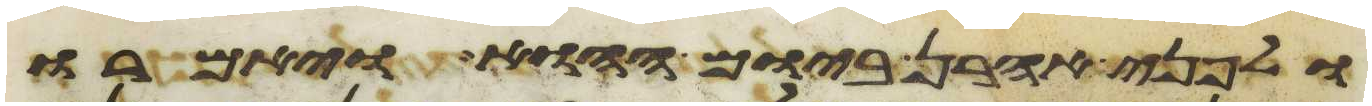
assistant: ולפני אהרן ביום ההוא ויאמרו